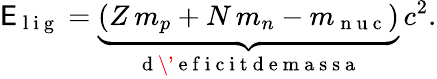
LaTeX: \mathsf{E}_{\mathrm{{~l~i~g~}}}=\underbrace{{(Z\, m_{p}+N\, m_{n}-m_{\mathrm{{~n~u~c~}}})}}_{\mathrm{{~d~\'{~}e~f~i~c~i~t~d~e~m~a~s~s~a~}}}\, c^{2}.